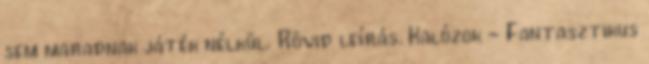
sem maradnak játék nélkül. Rövid leírás. Kalózok - Fantasztikus